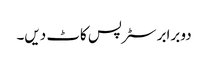
دو برابر سٹرپس کاٹ دیں۔